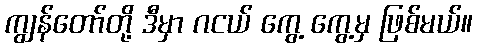
ကျွန်တော်တို့ ဒီမှာ ဂငယ် ကွေ့ ကွေ့မှ ဖြစ်မယ်။